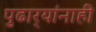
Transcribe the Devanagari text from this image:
पुढार्‍यांनाही